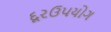
દૂરઉપયોગ